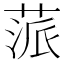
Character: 蒎